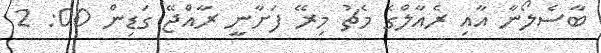
ބާސެލޯނާ އާއި ރެއާލްގެ މެޗު މިރޭ ފަށާނީ ރާއްޖޭ ގަޑިން 00: 2